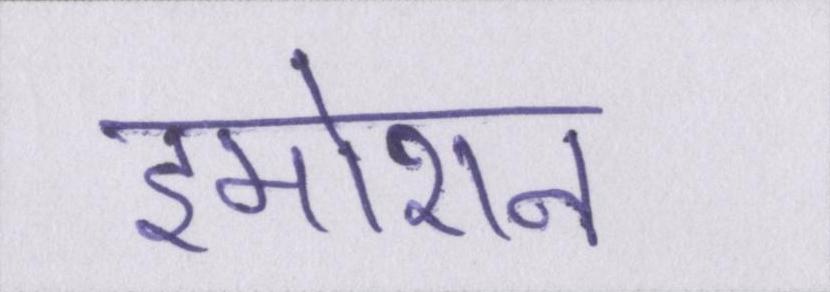
इमोशन